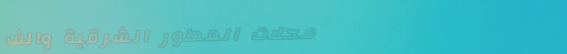
محلات العطور الشرقية والف